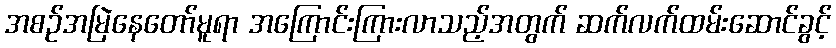
အစဉ်အမြဲနေတော်မူရာ အကြောင်းကြားလာသည့်အတွက် ဆက်လက်ထမ်းဆောင်ခွင့်